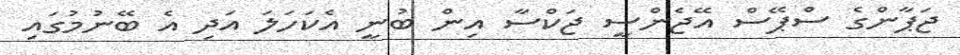
ޖަޕާންގެ ސްޕޭސް އޭޖެންސީ ޖަކްސާ އިން ބުނީ އެކަހަލަ އަދި އެ ބޭނުމުގައި